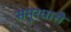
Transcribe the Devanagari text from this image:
समूरधारी